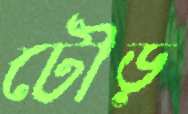
টৌড়